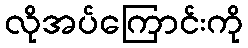
လိုအပ်ကြောင်းကို